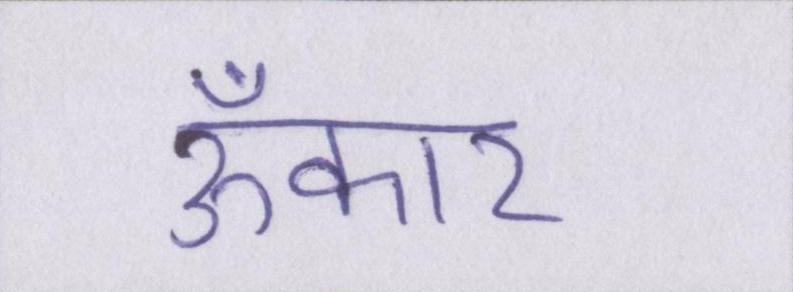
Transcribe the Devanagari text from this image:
ॐकार